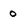
Character: 0